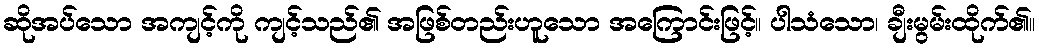
ဆိုအပ်သော အကျင့်ကို ကျင့်သည်၏ အဖြစ်တည်းဟူသော အကြောင်းဖြင့်။ ပါသံသော၊ ချီးမွမ်းထိုက်၏။